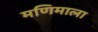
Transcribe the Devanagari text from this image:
मणिमाला